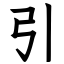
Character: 引